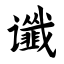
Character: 谶